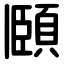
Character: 頥